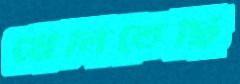
মেলিতেছি